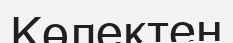
Көлектен